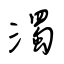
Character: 濁